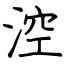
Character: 涳